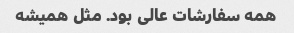
همه سفارشات عالی بود. مثل همیشه